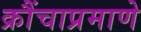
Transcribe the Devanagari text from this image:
क्रौंचाप्रमाणे